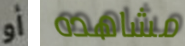
أو مشاهده